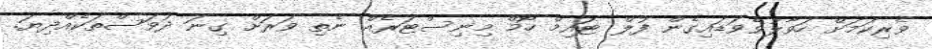
ވެރިކަމަށް ހަވާލުވެވަޑައިގެން ފުލް ޓައިމް ހޯމް މިނިސްޓަރެއް ނެތި ވަރަށް ގިނަ ދުވަސްތަކެއްދިޔަ.